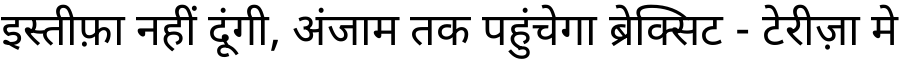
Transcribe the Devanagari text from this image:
इस्तीफ़ा नहीं दूंगी, अंजाम तक पहुंचेगा ब्रेक्सिट - टेरीज़ा मे